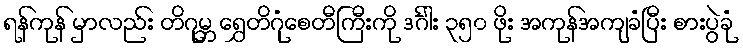
ရန်ကုန် မှာလည်း တိဂုမ္ဘ ရွှေတိဂုံစေတီကြီးကို ဒင်္ဂါး ၃၅၀ ဖိုး အကုန်အကျခံပြီး စားပွဲခုံ